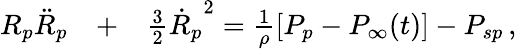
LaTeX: \begin{array}{rlr}{R_{p}\ddot{R}_{p}}&{{}+}&{\frac{3}{2}{\dot{R}_{p}}^{2}=\frac{1}{\rho}\left[P_{p}-P_{\infty}(t)\right]-P_{sp}\, ,}\end{array}